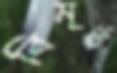
বিমূর্ত